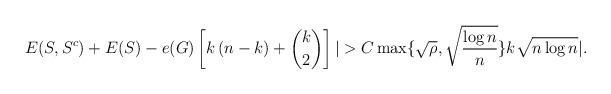
LaTeX: \begin{align*} E(S,S^c)+E(S)-e(G)\left[ k\left(n-k\right)+\binom{k}{2} \right]| > C\max\{\sqrt{\rho},\sqrt{\frac{\log n}{n}}\}k\sqrt{n \log n} |.\end{align*}